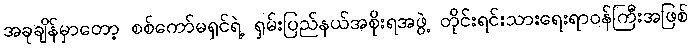
အခုချိန်မှာတော့ စစ်ကော်မရှင်ရဲ့ ရှမ်းပြည်နယ်အစိုးရအဖွဲ့ တိုင်းရင်းသားရေးရာဝန်ကြီးအဖြစ်